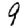
Digit: 9